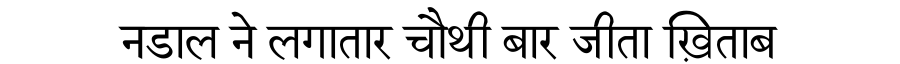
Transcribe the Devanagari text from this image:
नडाल ने लगातार चौथी बार जीता ख़िताब